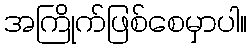
အကြိုက်ဖြစ်စေမှာပါ။